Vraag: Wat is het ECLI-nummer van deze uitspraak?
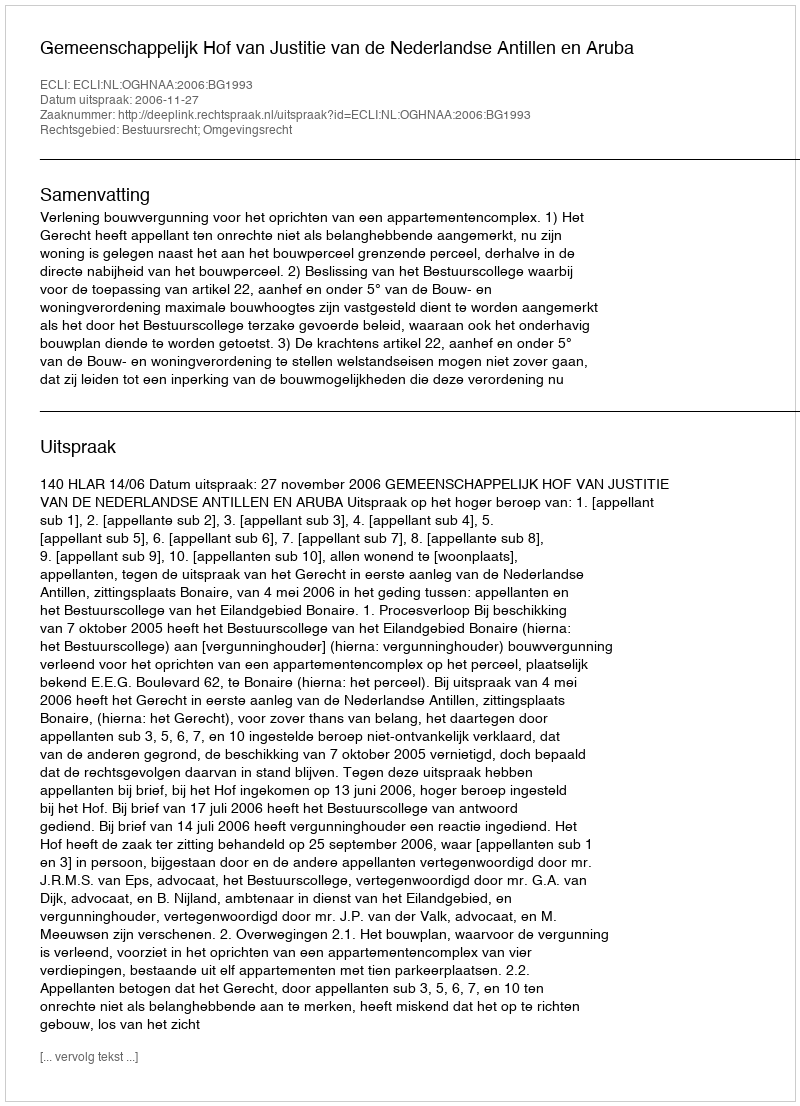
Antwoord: ECLI:NL:OGHNAA:2006:BG1993